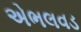
એભલવડ